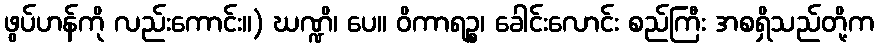
ဖွပ်ဟန်ကို လည်းကောင်း။) ဃဏ္ဍိ၊ ပေ။ ဝိကာရဉ္စ၊ ခေါင်းလောင်း စည်ကြီး အစရှိသည်တို့က